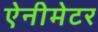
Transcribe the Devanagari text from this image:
ऐनीमेटर